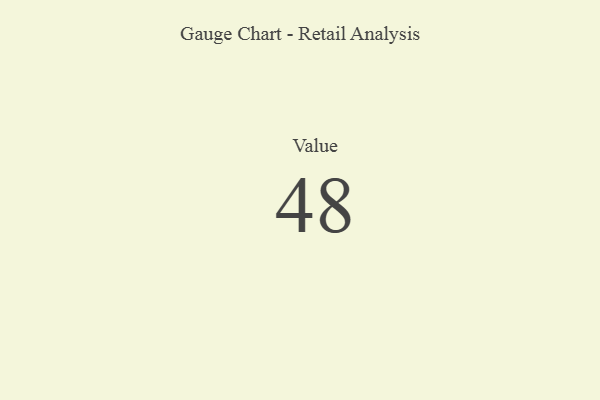
{"axis": {"x": "Metric", "y": "Value"}, "legend": [""], "data": [{"x": "Value", "y": 48, "type": ""}]}